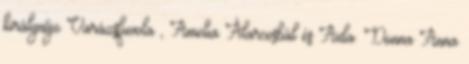
királynője Varázsfuvola , Amelia Álarcosbál és Aida. Donna Anna